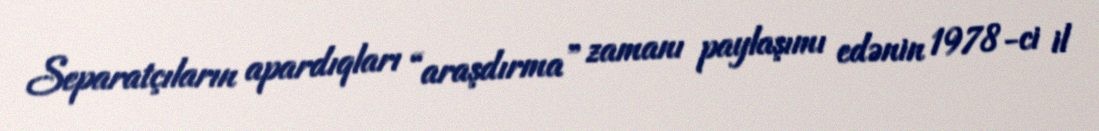
Separatçıların apardıqları “araşdırma” zamanı paylaşımı edənin 1978-ci il